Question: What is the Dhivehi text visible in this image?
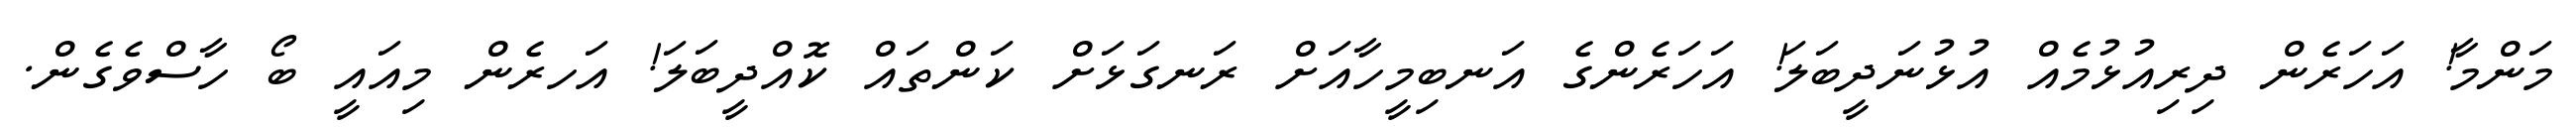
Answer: މަންމާ! އަހަރެން ދިރިއުޅުމެއް އުޅުނަދީބަލަ! އަހަރެންގެ އަނބިމީހާއަށް ރަނގަޅަށް ކަންތައް ކޮއްދީބަލަ! އަހރެން މިއައީ ބޯ ހާސްވެގެން.